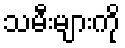
သမီးများကို